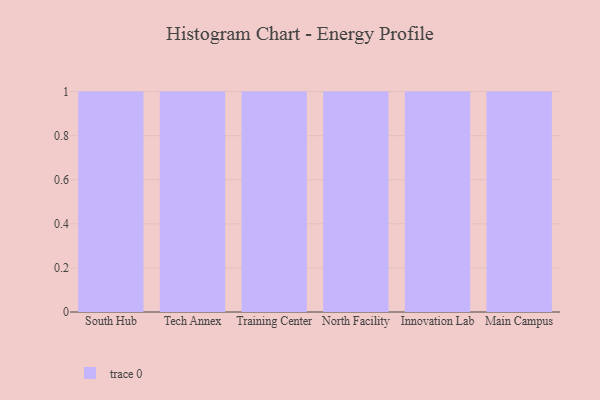
{"axis": {"x": "Campus", "y": "Website Visitors"}, "legend": [""], "data": [{"x": "South Hub", "y": 97, "type": ""}, {"x": "Tech Annex", "y": 2, "type": ""}, {"x": "Training Center", "y": 97, "type": ""}, {"x": "North Facility", "y": 37, "type": ""}, {"x": "Innovation Lab", "y": 70, "type": ""}, {"x": "Main Campus", "y": 22, "type": ""}]}